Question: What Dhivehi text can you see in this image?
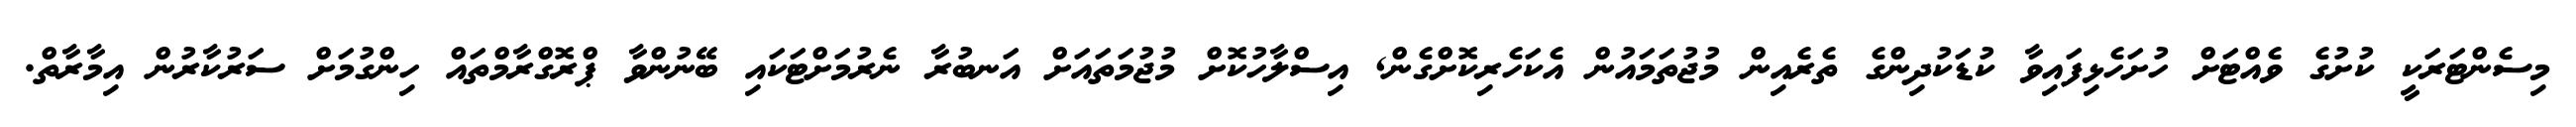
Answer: މިސެންޓަރަކީ ކުށުގެ ވެއްޓަށް ހުށަހެޅިފައިވާ ކުޑަކުދިންގެ ތެރެއިން މުޖުތަމައުން އެކަހެރިކޮށްގެން, އިސްލާހުކޮށް މުޖުމަތައަށް އަނބުރާ ނެރުމަށްޓަކައި ބޭނުންވާ ޕްރޮގްރާމްތައް ހިންގުމަށް ސަރުކާރުން އިމާރާތް.